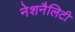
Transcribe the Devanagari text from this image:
नेशनैलिटी